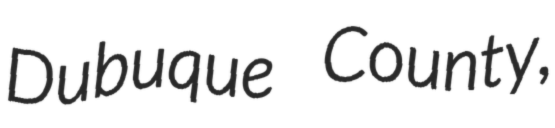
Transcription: Dubuque County,